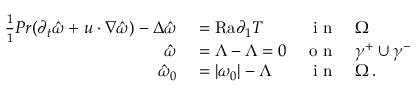
\begin{array} { r l r l } { \frac { 1 } { 1 } { { P r } } ( \partial _ { t } \hat { \omega } + u \cdot \nabla \hat { \omega } ) - \Delta \hat { \omega } } & { { } = \mathrm { { R a } } \partial _ { 1 } T } & { \textnormal { i n } } & { { } \Omega } \\ { \hat { \omega } } & { { } = \Lambda - \Lambda = 0 } & { \textnormal { o n } } & { { } \gamma ^ { + } \cup \gamma ^ { - } } \\ { \hat { \omega } _ { 0 } } & { { } = | \omega _ { 0 } | - \Lambda } & { \textnormal { i n } } & { { } \Omega \, . } \end{array}